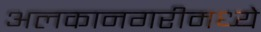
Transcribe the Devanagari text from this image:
अलकानगरीमध्ये